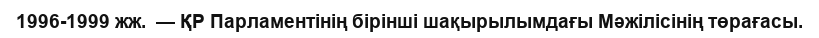
1996-1999 жж.  — ҚР Парламентінің бірінші шақырылымдағы Мәжілісінің төрағасы.